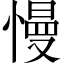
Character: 慢